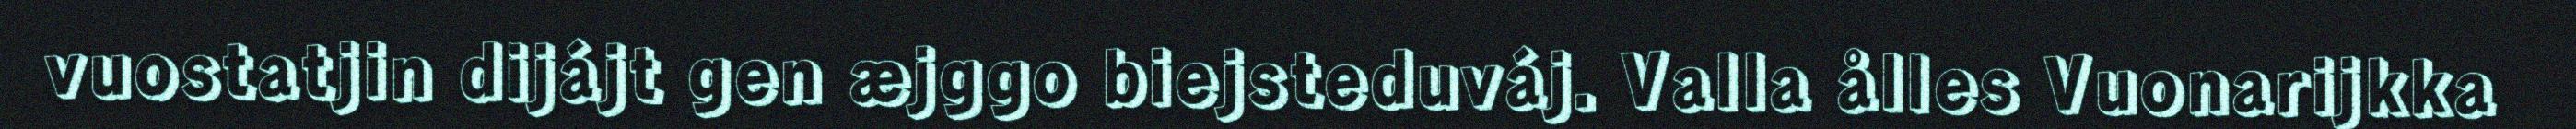
vuostatjin dijájt gen æjggo biejsteduváj. Valla ålles Vuonarijkka